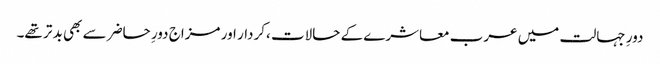
دورِ جہالت میں عرب معاشرے کے حالات ،کردار اور مزاج دورِ حاضر سے بھی بد تر تھے۔